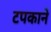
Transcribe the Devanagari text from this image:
टपकाने